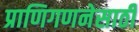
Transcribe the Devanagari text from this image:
प्राणिगणनेसाठी